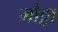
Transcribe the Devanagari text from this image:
मोट्टा